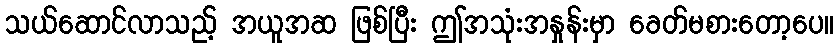
သယ်ဆောင်လာသည့် အယူအဆ ဖြစ်ပြီး ဤအသုံးအနှုန်းမှာ ခေတ်မစားတော့ပေ။